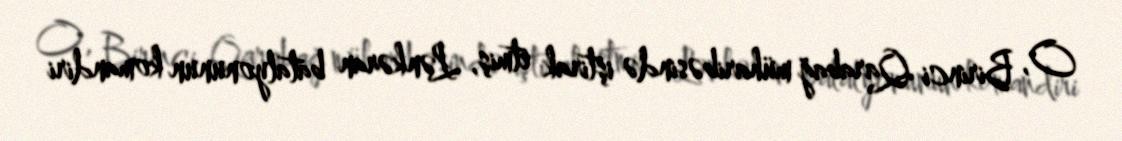
O, Birinci Qarabağ müharibəsində iştirak etmiş, Lənkəran batalyonunun komandiri